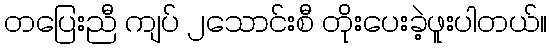
တပြေးညီ ကျပ် ၂သောင်းစီ တိုးပေးခဲ့ဖူးပါတယ်။